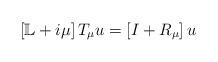
LaTeX: \begin{align*}\left[ \mathbb{L}+i\mu\right] T_{\mu}u=\left[ I+R_{\mu}\right] u\end{align*}